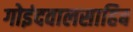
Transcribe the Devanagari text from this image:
गोइंदवालसाहिब